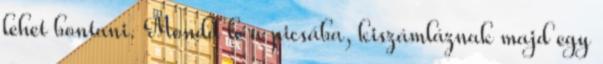
lehet bontani. Mondd le a picsába, kiszámláznak majd egy